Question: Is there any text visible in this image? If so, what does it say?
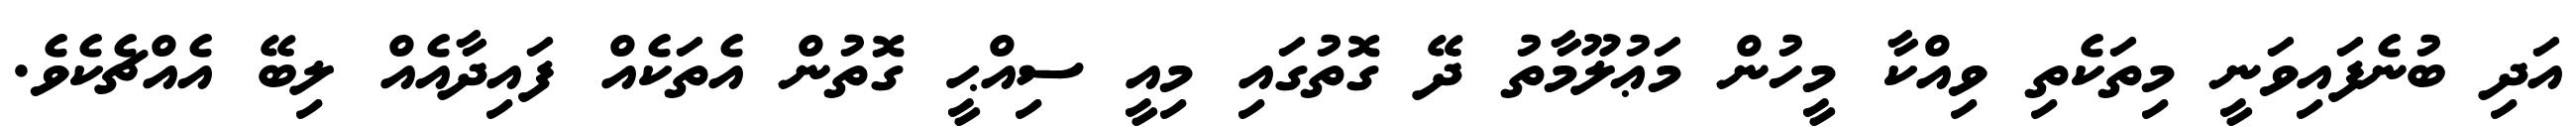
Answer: އަދި ބުނެފައިވަނީ މިތަކެތި ވިއްކާ މީހުން މަޢުލޫމާތު ދޭ ގޮތުގައި މިއީ ސިއްޙީ ގޮތުން އެތަކެއް ފައިދާއެއް ލިބޭ އެއްޗެކެވެ.